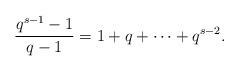
LaTeX: \begin{align*} \frac{q^{s-1}-1}{q-1}=1+q+\cdots +q^{s-2}.\end{align*}